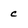
Character: c